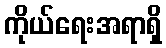
ကိုယ်ရေးအရာရှိ